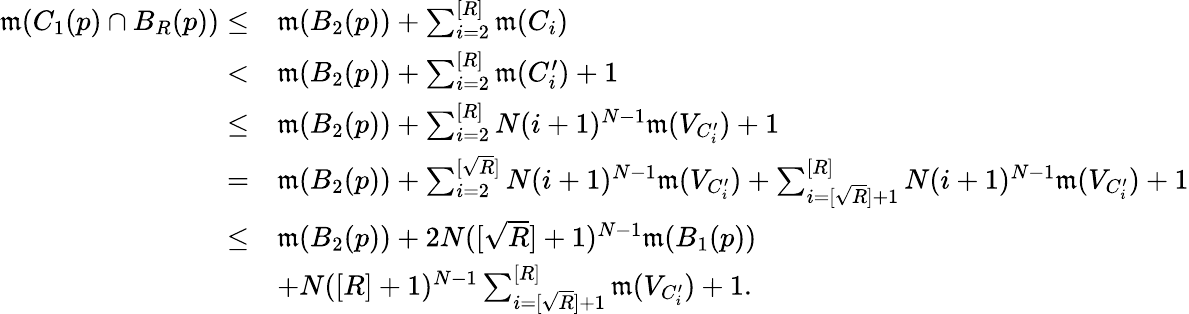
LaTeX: \begin{array}{rl}{\mathfrak{m}(C_{1}(p)\cap B_{R}(p))\leq}&{\mathfrak{m}(B_{2}(p))+\sum_{i=2}^{[R]}\mathfrak{m}(C_{i})}\\ {<}&{\mathfrak{m}(B_{2}(p))+\sum_{i=2}^{[R]}\mathfrak{m}(C_{i}^{\prime})+1}\\ {\leq}&{\mathfrak{m}(B_{2}(p))+\sum_{i=2}^{[R]}N(i+1)^{N-1}\mathfrak{m}(V_{C_{i}^{\prime}})+1}\\ {=}&{\mathfrak{m}(B_{2}(p))+\sum_{i=2}^{[\sqrt{R}]}N(i+1)^{N-1}\mathfrak{m}(V_{C_{i}^{\prime}})+\sum_{i=[\sqrt{R}]+1}^{[R]}N(i+1)^{N-1}\mathfrak{m}(V_{C_{i}^{\prime}})+1}\\ {\leq}&{\mathfrak{m}(B_{2}(p))+2N([\sqrt{R}]+1)^{N-1}\mathfrak{m}(B_{1}(p))}\\ &{+N([R]+1)^{N-1}\sum_{i=[\sqrt{R}]+1}^{[R]}\mathfrak{m}(V_{C_{i}^{\prime}})+1.}\end{array}